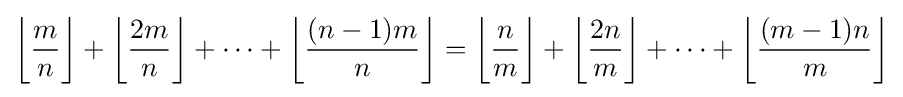
\left\lfloor {\frac {m{\vphantom {1}}}{n}}\right\rfloor +\left\lfloor {\frac {2m}{n}}\right\rfloor +\dots +\left\lfloor {\frac {(n-1)m}{n}}\right\rfloor =\left\lfloor {\frac {n{\vphantom {1}}}{m}}\right\rfloor +\left\lfloor {\frac {2n}{m}}\right\rfloor +\dots +\left\lfloor {\frac {(m-1)n}{m}}\right\rfloor